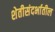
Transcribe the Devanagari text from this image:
शेतीसंदर्भातील